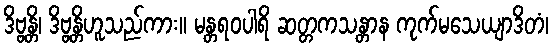
ဒိဗ္ဗန္တိ၊ ဒိဗ္ဗန္တိဟူသည်ကား။ မန္တရဝပါရိ ဆတ္တကသန္တာန ကုက်မသေယျာဒိတံ၊